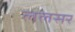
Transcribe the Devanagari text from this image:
ललसर